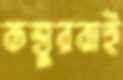
কস্তুরবাই